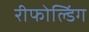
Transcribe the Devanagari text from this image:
रीफोल्डिंग